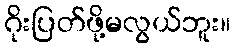
ဂိုးပြတ်ဖို့မလွယ်ဘူး။